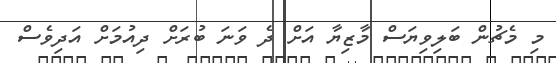
މި މެޗުން ބަލިވިޔަސް މާޒިޔާ އަށް ދެ ވަނަ ބުރަށް ދިއުމަށް އަދިވެސް